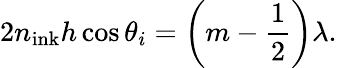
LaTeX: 2n_{\mathrm{ink}}h\cos{\theta_{i}}=\left(m-\frac{1}{2}\right)\lambda.